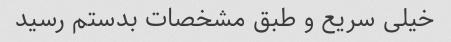
خیلی سریع و طبق مشخصات بدستم رسید